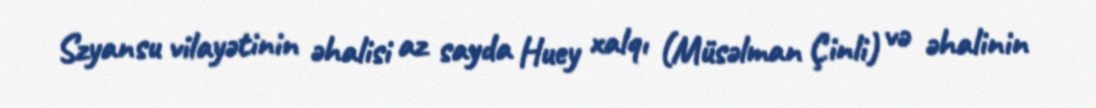
Szyansu vilayətinin əhalisi az sayda Huey xalqı (Müsəlman Çinli) və əhalinin